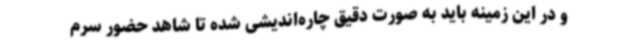
و در این زمینه باید به صورت دقیق چاره‌اندیشی شده تا شاهد حضور سرم